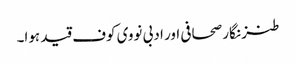
طنز نگار صحافی اور ادبی نووی کوف قید ہوا۔